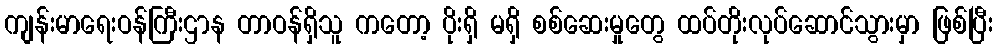
ကျန်းမာရေးဝန်ကြီးဌာန တာဝန်ရှိသူ ကတော့ ပိုးရှိ မရှိ စစ်ဆေးမှုတွေ ထပ်တိုးလုပ်ဆောင်သွားမှာ ဖြစ်ပြီး